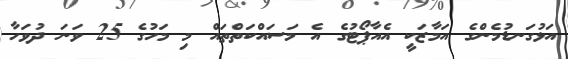
އަޅުގަނޑުމެންގެ އަމާޒަކީ އެއާޕޯޓުގެ އެ މަސައްކަތްތައް މި މަހުގެ 25 ވަނަ ދުވަހާ